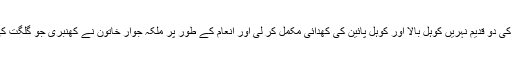
انہی کے دور میں داریل کے لوگوں نے گلگت کی دو قدیم نہریں کوہل بالا اور کوہل پائین کی کھدائی مکمل کر لی اور انعام کے طور پر ملکہ جوار خاتون نے کھنبری جو گلگت کی حدود میں شامل تھا داریل والوں کو عطا کیا ۔